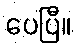
ပေပြီ။